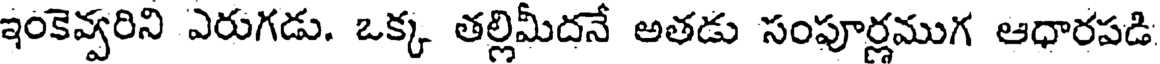
ఇంకెవ్వరిని ఎరుగడు. ఒక్క తల్లిమీదనే అతడు సంపూర్లముగ ఆధారపడి